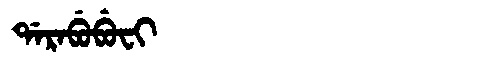
Manchu: ᡩᠠᡵᠠᠪᡠᠪᡠᠸᡳ
Romanization: DARABUBUFI